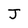
Character: J